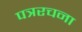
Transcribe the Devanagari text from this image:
पत्ररचना